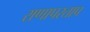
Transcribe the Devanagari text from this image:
राणापरताप